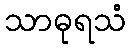
သာဓုရသံ